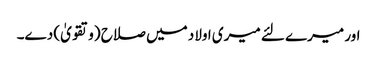
اور میرے لئے میری اولاد میں صلاح (وتقویٰ) دے۔